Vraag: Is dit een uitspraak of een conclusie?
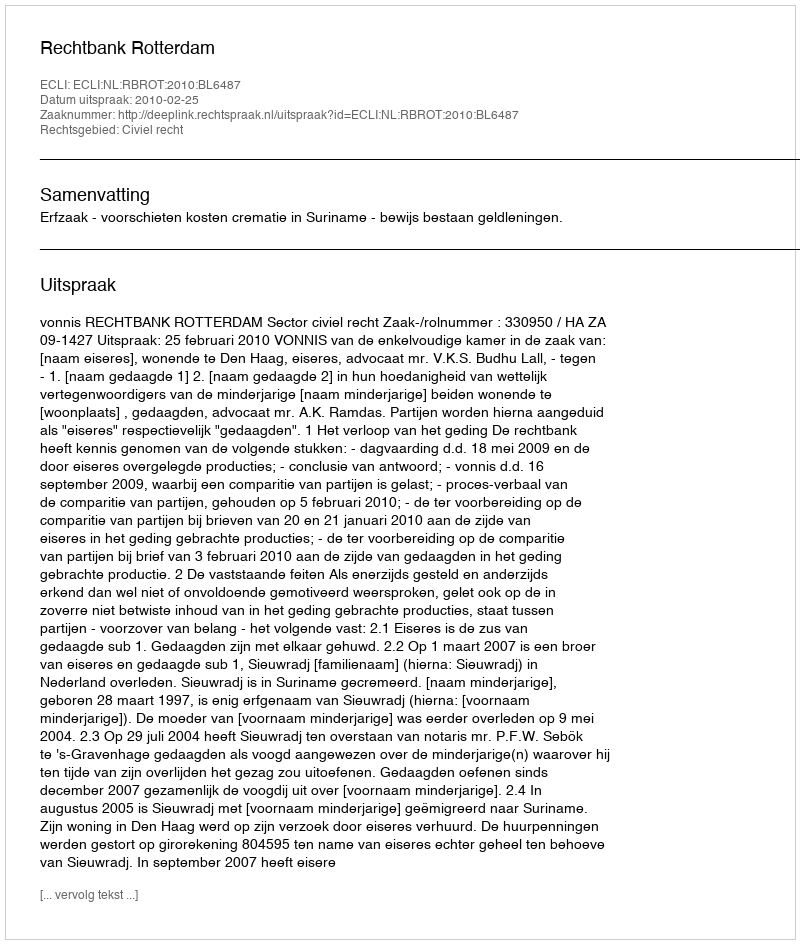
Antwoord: Uitspraak